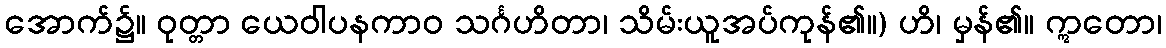
အောက်၌။ ဝုတ္တာ ယေဝါပနကာဝ သင်္ဂဟိတာ၊ သိမ်းယူအပ်ကုန်၏။) ဟိ၊ မှန်၏။ ဣတော၊